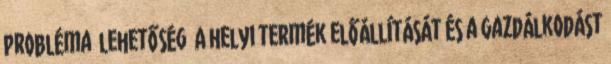
Probléma lehetőség ▪A helyi termék előállítását és a gazdálkodást